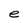
Character: e